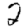
Digit: 2